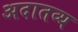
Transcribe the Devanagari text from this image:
अदातव्य